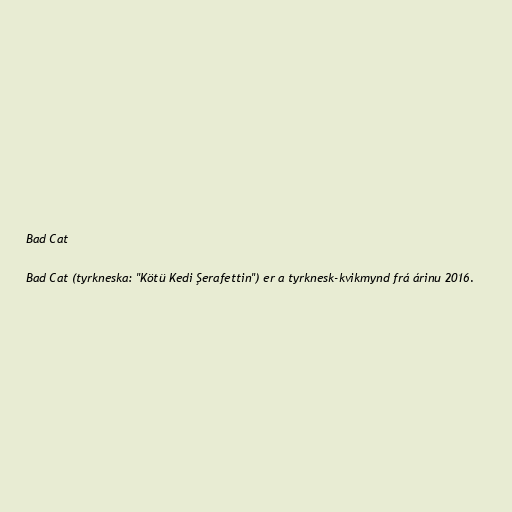
Bad Cat

Bad Cat (tyrkneska: "Kötü Kedi Şerafettin") er a tyrknesk-kvikmynd frá árinu 2016.